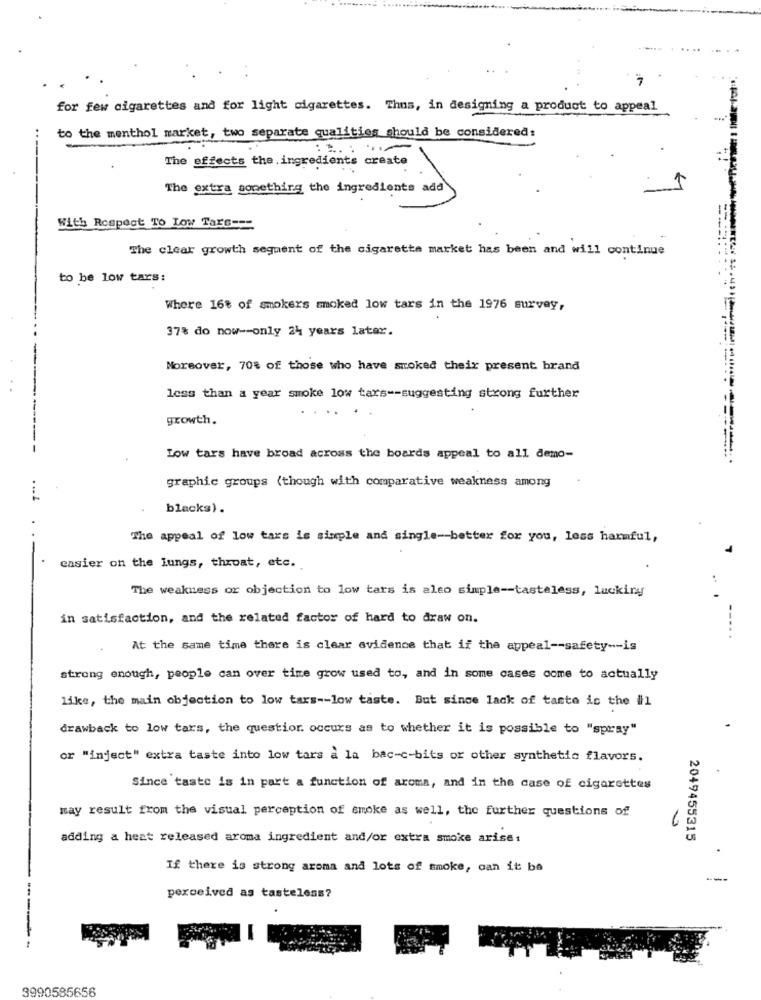
for few cigarettes and for light cigarettes. Thus, in designing a product to appeal
to the menthol market, two separate qualities should be considered:
The effects the ingredients create
The extra something the ingredients add
With Respect To Low Tare ---
The clear growth segment of the cigarette market has been and will continue
to be low tars:
Where 16% of smokers smoked low tars in the 1976 survey,
37% do now -- only 24 years later.
Moreover, 70% of those who have smoked their present brand
less than a year smoke low tars -- suggesting strong further
growth.
Low tars have broad across the boards appeal to all demo-
graphic groups (though with comparative weakness among
blacks).
The appeal of low tars is simple and single -- better for you, less harmful,
easier on the lungs, throat, etc.
..
The weakness or objection to low tars is also simple -- tasteless, luckiny
in satisfaction, and the related factor of hard to draw on.
At the same time there is clear evidence that if the appeal -- safety -- is
strong enough, people can over time grow used to, and in some cases come to actually
like, the main objection to low tars -- low taste. But since lack of taste is the ill
drawback to low tars, the questior. occurs as to whether it is possible to "spray"
or "inject" extra taste into low tars a la bac-c-bits or other synthetic flavors.
Since taste is in part a function of aroma, and in the case of cigarettes
may result from the visual perception of smoke as well, the further questions of
adding a heat released aroma ingredient and/or extra smoke arise:
2049455315
If there is strong aroma and lots of smoke, can it be
perceived as tasteless?
3990585656